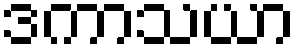
ဒကာသယာ